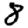
Digit: 8